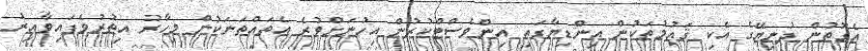
އެގޮތުން ދުނިޔޭގެ އެކި ޤައުމުތަކުން އިންޑިޔާގައި އިންވެސްޓްކުރުން އިހުނަށްވުރެ އެތައްތަނަކުން މިހާރު އިތުރުވެފައިވާއިރު